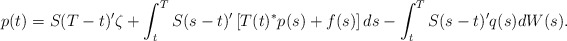
\begin{align*}p(t) = S(T-t)'\zeta + \int_t^T S(s-t)'\left[ T(t)^*p(s)+ f(s)\right]ds - \int_t^T S(s-t)'q(s)dW(s).\end{align*}